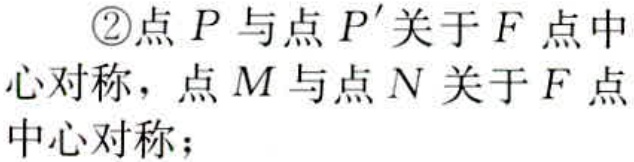
\textcircled{2}点\(P\)与点\(P'\)关于\(F\)点中心对称，点\(M\)与点\(N\)关于\(F\)点中心对称；